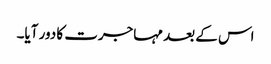
اس کے بعد مہاجرت کا دور آیا۔